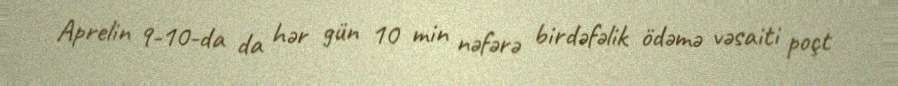
Aprelin 9-10-da da hər gün 10 min nəfərə birdəfəlik ödəmə vəsaiti poçt